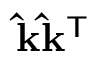
\mathbf { \hat { k } } \mathbf { \hat { k } } ^ { \mathsf { T } }